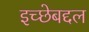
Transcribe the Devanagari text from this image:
इच्छेबद्दल